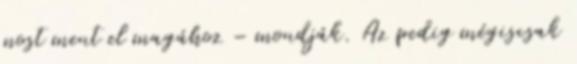
most ment el magához – mondják. Az pedig mégiscsak